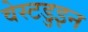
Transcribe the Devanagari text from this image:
वेस्टडुइन